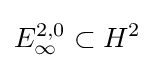
E_{\infty }^{2,0}\subset H^{2}